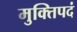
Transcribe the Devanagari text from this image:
मुक्तिपदं